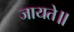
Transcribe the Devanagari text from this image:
जायते॥